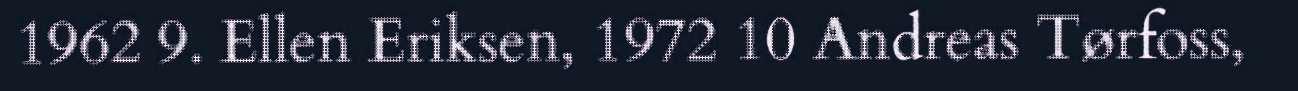
1962 9. Ellen Eriksen, 1972 10 Andreas Tørfoss,